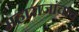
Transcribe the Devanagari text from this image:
महाराजांचाच